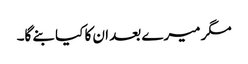
مگر میرے بعد ان کا کیا بنے گا۔